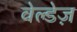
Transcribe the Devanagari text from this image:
वेल्डेज़